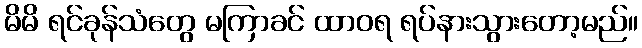
မိမိ ရင်ခုန်သံတွေ မကြာခင် ထာဝရ ရပ်နားသွားတော့မည်။